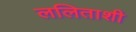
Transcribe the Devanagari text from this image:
ललिताशी